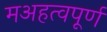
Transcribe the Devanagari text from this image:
मअहत्वपूर्ण